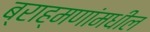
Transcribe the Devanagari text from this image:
ब्राह्मणांमधील